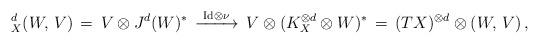
LaTeX: \begin{align*}^d_X(W,\, V)\, =\,V\otimes J^d(W)^*\, \xrightarrow{\,\, {\rm Id}\otimes\nu\,\,}\,V\otimes (K^{\otimes d}_X\otimes W)^*\,=\, (TX)^{\otimes d}\otimes (W,\, V)\, ,\end{align*}